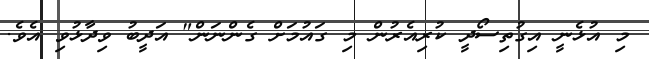
މި އުޅެނީ އިގުތިސޯދީ ކުރިއެރުން މި ގައުމަށް ގެންނަން" އަދީބު ވިދާޅުވި އެވެ.